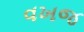
વખજ